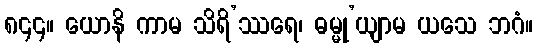
၈၄၄။ ယောနိ ကာမ သိရိ’ဿရေ၊ ဓမ္မု’ယျာမ ယသေ ဘဂံ။